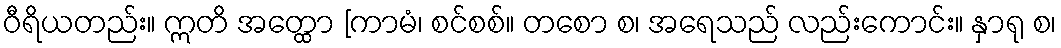
ဝီရိယတည်း။ ဣတိ အတ္ထော [ကာမံ၊ စင်စစ်။ တစော စ၊ အရေသည် လည်းကောင်း။ နှာရု စ၊